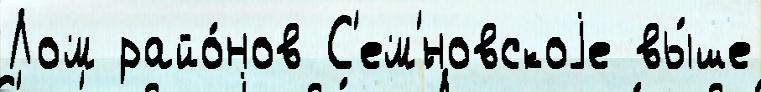
Лом райо́нов С'ем'́новскоjе вы́ше